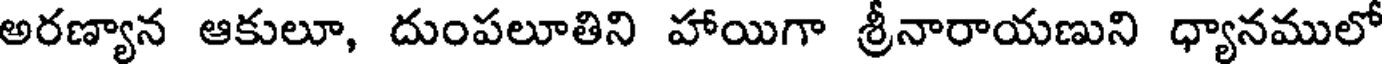
అరణ్యాన ఆకులూ, దుంపలూతిని హాయిగా శ్రీనారాయణుని ధ్యానములో